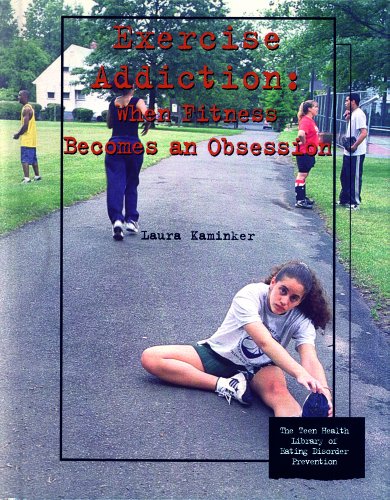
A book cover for Exercise Addiction: When Fitness Becomes an Obsession (Teen Health Library of Eating Disorder Prevention); Laura Kaminker; Teen & Young Adult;